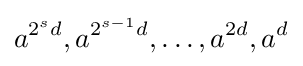
a^{2^{s}d},a^{2^{s-1}d},\dots ,a^{2d},a^{d}